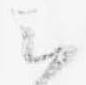
云